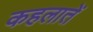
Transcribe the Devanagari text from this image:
कहलातें